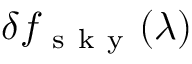
\delta f _ { \mathrm { ~ s ~ k ~ y ~ } } ( \lambda )